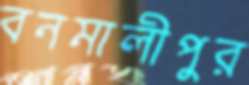
বনমালীপুর